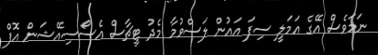
ނަމަވެސް އޭގެ އަމަލީ ސިފަ އައުން ލަސްވުމާ މެދު ޓީޗާސް އެސޯސިއޭޝަން އޮފް